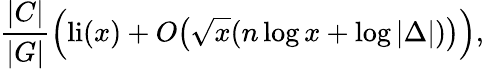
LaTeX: {\frac{|C|}{|G|}}{\Bigl(}\mathrm{li}(x)+O{\bigl(}{\sqrt{x}}(n\log x+\log|\Delta|){\bigr)}{\Bigr)},